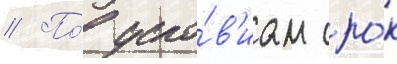
// По́ усло́в'иам сро́к